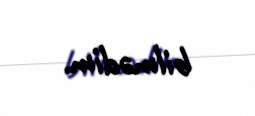
bilmədim.